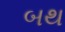
બથ